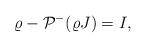
LaTeX: \begin{align*} \varrho-\mathcal{P}^{-}(\varrho J)=I,\end{align*}